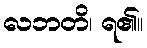
လဘတိ၊ ရ၏။